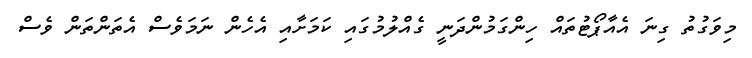
މިވަގުތު ގިނަ އެއާޕޯޓުތައް ހިންގަމުންދަނީ ގެއްލުމުގައި ކަމަށާއި އެހެން ނަމަވެސް އެތަންތަން ވެސް